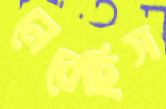
নেবেছিস